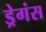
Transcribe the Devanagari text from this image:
ड्रेगंस